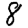
Digit: 8